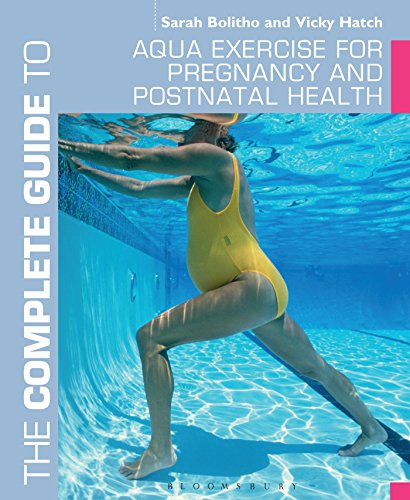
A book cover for The Complete Guide to Aqua Exercise for Pregnancy and Postnatal Health (Complete Guides); Sarah Bolitho; Health, Fitness & Dieting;